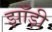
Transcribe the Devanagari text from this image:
झाँड़ी